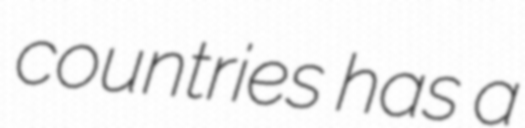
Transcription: countries has a